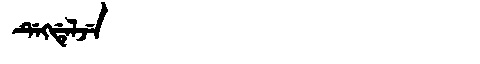
Manchu: ᡩᡝᡴᡩᡝᠯᠵᡝ
Romanization: DEKDELJE